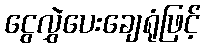
ငွေလွှဲပေးချေရုံဖြင့်